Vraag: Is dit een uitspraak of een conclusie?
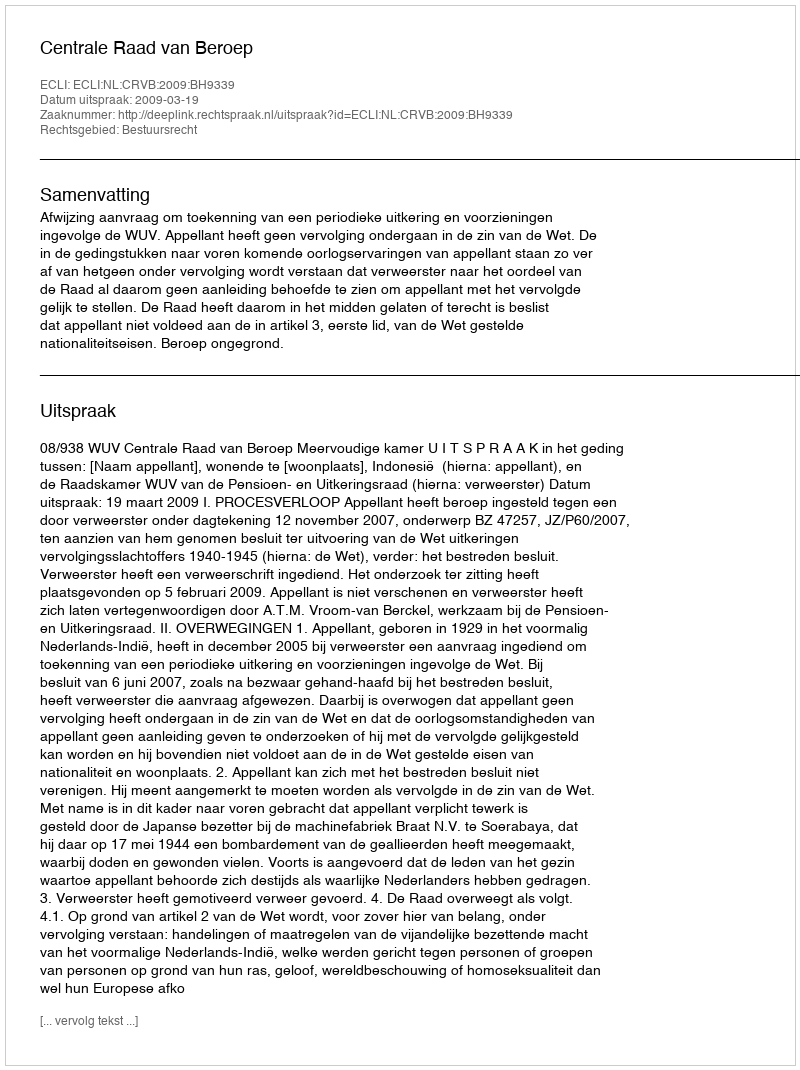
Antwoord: Uitspraak